Vaccination North-Western Provinces and Oudh 1878-1895 - 1878-1895
Year: 1878
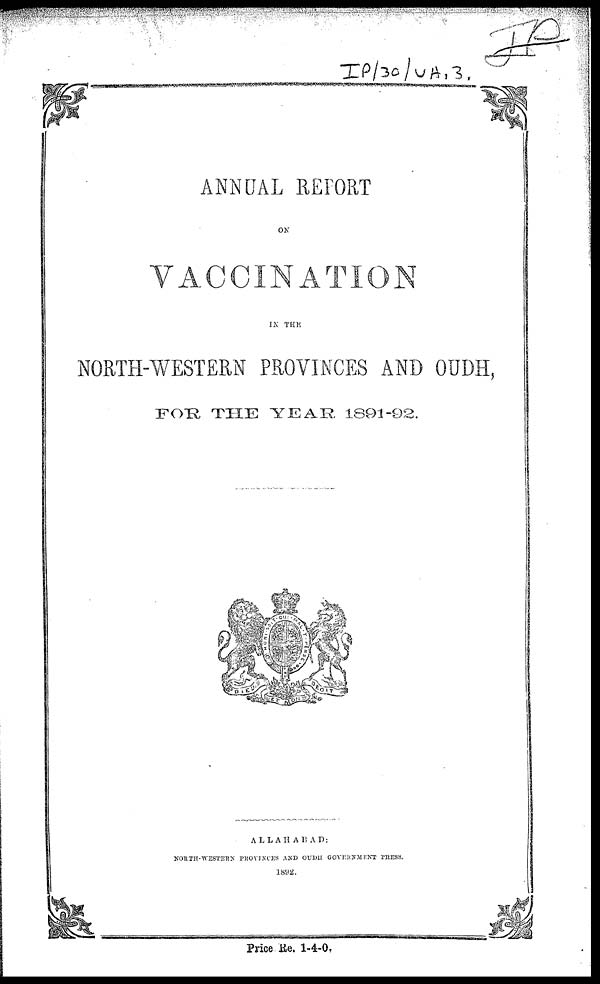
ANNUAL REPORT
ON
VACCINATION
IN THE
NORTH-WESTERN PROVINCES AND OUDH,
FOR THE YEAR 1891-92.
ALLAHABAD:
NORTH-WESTERN PROVINCES AND OUDH GOVERNMENT PRESS.
1892.
Price Re. 1-4-0.